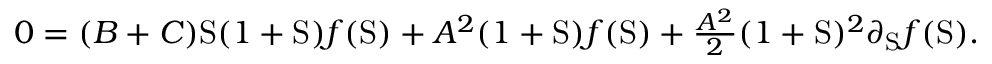
\begin{array} { r } { 0 = ( B + C ) \mathrm { S } ( 1 + \mathrm { S } ) f ( \mathrm { S } ) + A ^ { 2 } ( 1 + \mathrm { S } ) f ( \mathrm { S } ) + \frac { A ^ { 2 } } { 2 } ( 1 + \mathrm { S } ) ^ { 2 } \partial _ { \mathrm { S } } f ( \mathrm { S } ) . } \end{array}